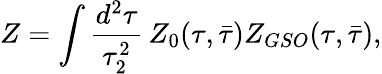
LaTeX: Z=\int\frac{d^{2}\tau}{\tau_{2}^{2}}\, Z_{0}(\tau,\bar{\tau})Z_{GSO}(\tau,\bar{\tau}),